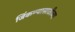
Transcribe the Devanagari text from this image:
जिंकण्यासाठीच्या